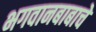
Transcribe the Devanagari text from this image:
भगवानबाबाचे